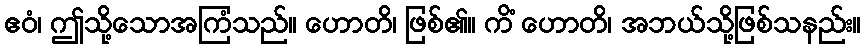
ဧဝံ၊ ဤသို့သောအကြံသည်။ ဟောတိ၊ ဖြစ်၏။ ကိံ ဟောတိ၊ အဘယ်သို့ဖြစ်သနည်း။